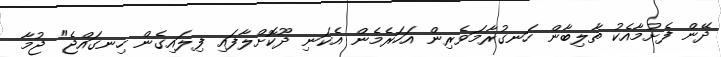
ދޭން ފެށުމާއެކު ތާލިބާން ހަނގުރާމަވެރިން އަހަރެމެން އެކަނި ދޫކޮށްލާފައި ފިލައިގެން ހިނގައްޖެ" ޖުމާ